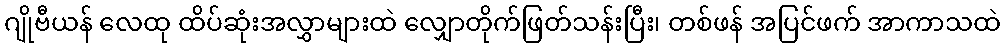
ဂျိုဗီယန် လေထု ထိပ်ဆုံးအလွှာများထဲ လျှောတိုက်ဖြတ်သန်းပြီး၊ တစ်ဖန် အပြင်ဖက် အာကာသထဲ